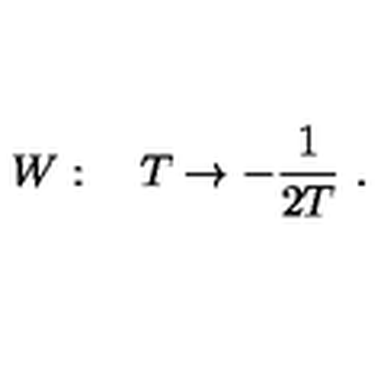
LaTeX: W : \quad T \rightarrow - \frac { 1 } { 2 T } \ .